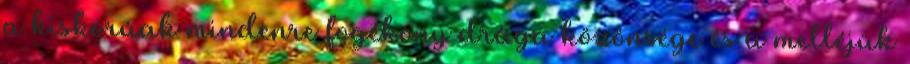
a kiskorúak mindenre fogékony drága közönsége és a melléjük